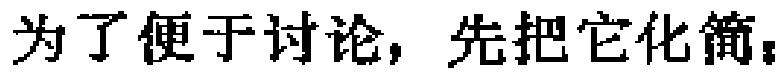
为了便于讨论，先把它化简。